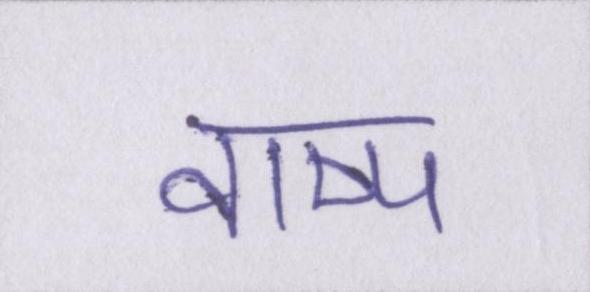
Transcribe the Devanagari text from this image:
वाष्प